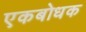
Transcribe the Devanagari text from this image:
एकबोधक